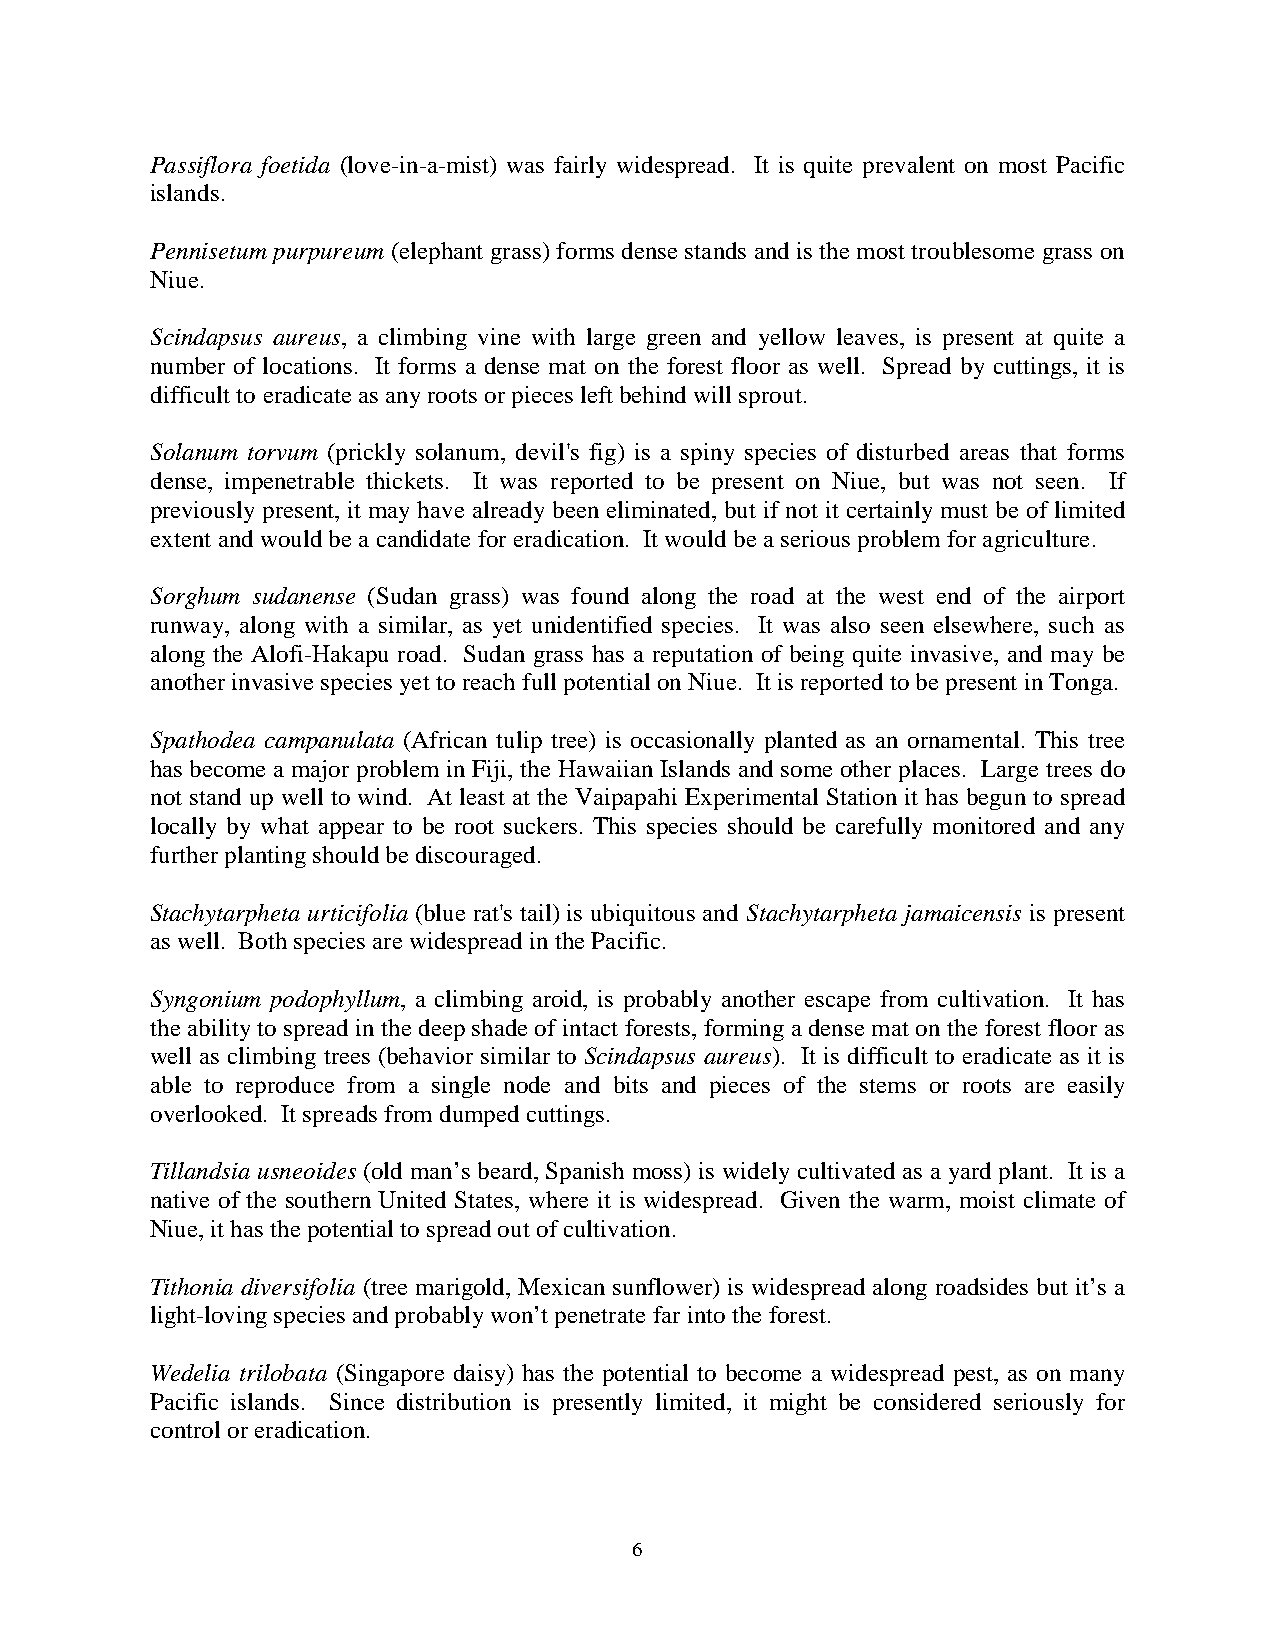
Passiflora foetida (love-in-a-mist) was fairly widespread. It is quite prevalent on most Pacific
 islands.
 Pennisetum purpureum (elephant grass) forms dense stands and is the most troublesome grass on
 Niue.
 Scindapsus aureus, a climbing vine with large green and yellow leaves, is present at quite a
 number of locations. It forms a dense mat on the forest floor as well. Spread by cuttings, it is
 difficult to eradicate as any roots or pieces left behind will sprout.
 Solanum torvum (prickly solanum, devil's fig) is a spiny species of disturbed areas that forms
 dense, impenetrable thickets. It was reported to be present on Niue, but was not seen. If
 previously present, it may have already been eliminated, but if not it certainly must be of limited
 extent and would be a candidate for eradication. It would be a serious problem for agriculture.
 Sorghum sudanense (Sudan grass) was found along the road at the west end of the airport
 runway, along with a similar, as yet unidentified species. It was also seen elsewhere, such as
 along the Alofi-Hakapu road. Sudan grass has a reputation of being quite invasive, and may be
 another invasive species yet to reach full potential on Niue. It is reported to be present in Tonga.
 Spathodea campanulata (African tulip tree) is occasionally planted as an ornamental. This tree
 has become a major problem in Fiji, the Hawaiian Islands and some other places. Large trees do
 not stand up well to wind. At least at the Vaipapahi Experimental Station it has begun to spread
 locally by what appear to be root suckers. This species should be carefully monitored and any
 further planting should be discouraged.
 Stachytarpheta urticifolia (blue rat's tail) is ubiquitous and Stachytarpheta jamaicensis is present
 as well. Both species are widespread in the Pacific.
 Syngonium podophyllum, a climbing aroid, is probably another escape from cultivation. It has
 the ability to spread in the deep shade of intact forests, forming a dense mat on the forest floor as
 well as climbing trees (behavior similar to Scindapsus aureus). It is difficult to eradicate as it is
 able to reproduce from a single node and bits and pieces of the stems or roots are easily
 overlooked. It spreads from dumped cuttings.
 Tillandsia usneoides (old man’s beard, Spanish moss) is widely cultivated as a yard plant. It is a
 native of the southern United States, where it is widespread. Given the warm, moist climate of
 Niue, it has the potential to spread out of cultivation.
 Tithonia diversifolia (tree marigold, Mexican sunflower) is widespread along roadsides but it’s a
 light-loving species and probably won’t penetrate far into the forest.
 Wedelia trilobata (Singapore daisy) has the potential to become a widespread pest, as on many
 Pacific islands. Since distribution is presently limited, it might be considered seriously for
 control or eradication.
 6